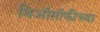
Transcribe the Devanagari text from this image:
थिऑसॉफीच्या